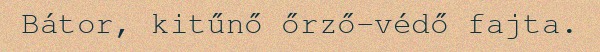
Bátor, kitűnő őrző-védő fajta.